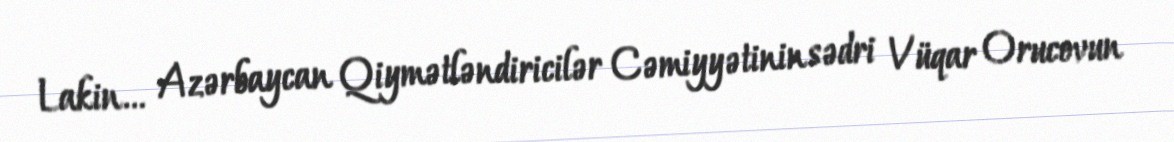
Lakin... Azərbaycan Qiymətləndiricilər Cəmiyyətinin sədri Vüqar Orucovun